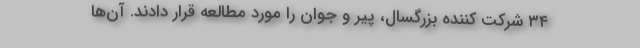
۳۴ شرکت کننده بزرگسال، پیر و جوان را مورد مطالعه قرار دادند. آن‌ها